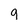
Character: q